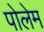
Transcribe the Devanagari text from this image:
पोलेम